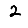
Digit: 2